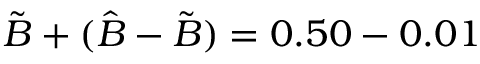
\tilde { B } + ( \hat { B } - \tilde { B } ) = 0 . 5 0 - 0 . 0 1